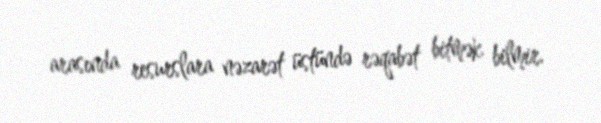
arasında resurslara nəzarət üstündə rəqabət bitmək bilmir.